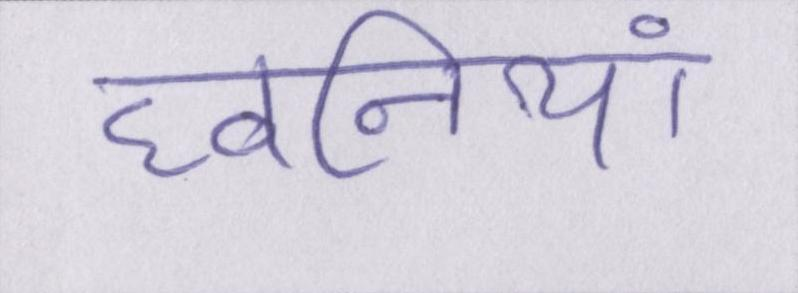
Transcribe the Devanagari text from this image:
घ्वनियां